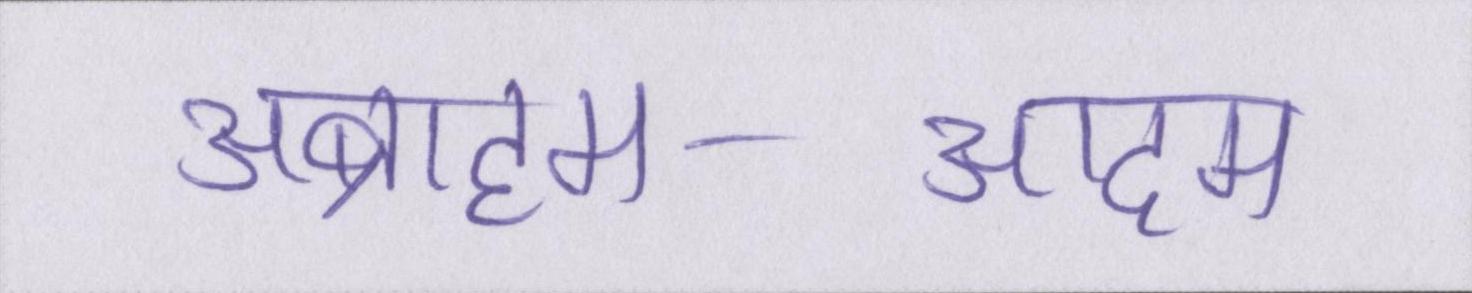
अब्राहम-आदम